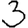
Digit: 3